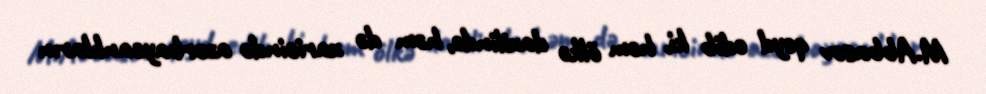
M.Abbasov qeyd edib ki, həm ölkə daxilində, həm də xaricində azərbaycanlıların